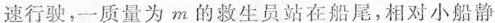
速行驶，一质量为m的救生员站在船尾，相对小船静